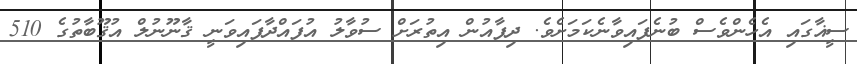
ސީޣާގައި އެހެންވެސް ބުނެފައިވާނެކަމަށެވެ. ދިފާއުން އިތުރަށް ސުވާލު އުފައްދާފައިވަނީ ޤާނޫނުލް އުޤޫބާތުގެ 510